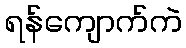
ရန်ကျောက်ကဲ